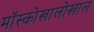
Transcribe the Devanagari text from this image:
मॉस्कोखालोखाल